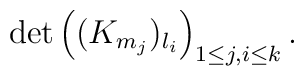
\det\left( (K_{m_j})_{l_i}\right)_{1\le j,i\le k}.